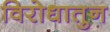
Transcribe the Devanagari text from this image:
विरोधातुन